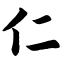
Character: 仁